Leaving Certificate, 1937
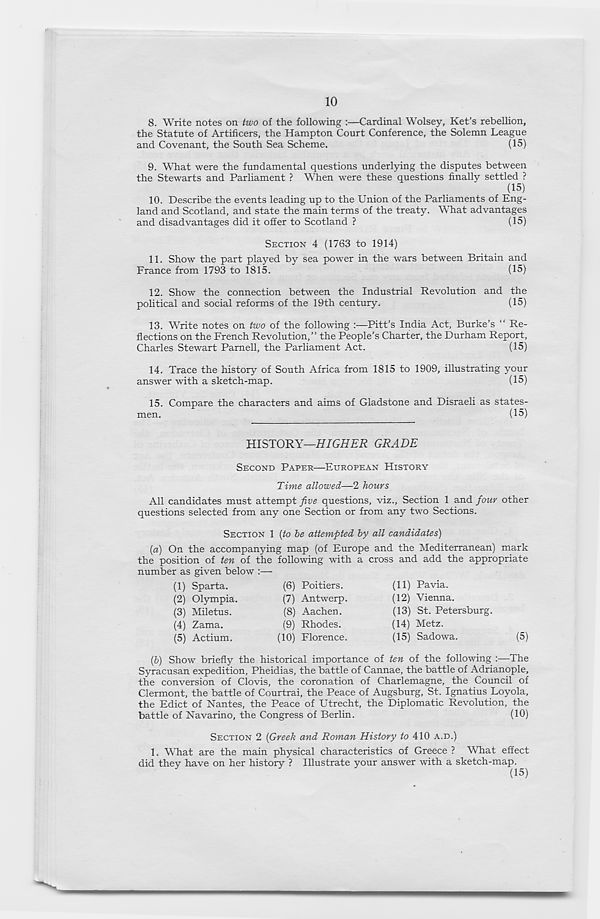
10
8. Write notes on two of the following :—Cardinal Wolsey, Ket’s rebellion,
the Statute of Artificers, the Hampton Court Conference, the Solemn League
and Covenant, the South Sea Scheme.
(15)
9. What were the fundamental questions underlying the disputes between
the Stewarts and Parliament ? When were these questions finally settled ?
(15)
10. Describe the events leading up to the Union of the Parliaments of Eng-
land and Scotland, and state the main terms of the treaty. What advantages
and disadvantages did it offer to Scotland ?
(15)
SECTION 4 (1763 to 1914)
11. Show the part played by sea power in the wars between Britain and
France from 1793 to 1815.
(15)
12. Show the connection between the Industrial Revolution and the
political and social reforms of the 19th century.
(15)
13. Write notes on two of the following :—Pitt’s India Act, Burke’s “ Re-
flections on the French Revolution,” the People’s Charter, the Durham Report,
Charles Stewart Parnell, the Parliament Act.
(15)
14. Trace the history of South Africa from 1815 to 1909, illustrating your
answer with a sketch-map.
(15)
15. Compare the characters and aims of Gladstone and Disraeli as states-
men.
(15)
HISTORY—HIGHER GRADE
SECOND PAPER—EUROPEAN HISTORY
Time allowed—2 hours
All candidates must attempt five questions, viz., Section 1 and four other
questions selected from any one Section or from any two Sections.
SECTION 1 {to he attempted by all candidates)
(a) On the accompanying map (of Europe and the Mediterranean) mark
the position of ten of the following with a cross and add the appropriate
number as given below
(1) Sparta.
(2) Olympia.
(3) Miletus.
(4) Zama.
(5) Actium.
(6) Poitiers.
(7) Antwerp.
(8) Aachen.
(9) Rhodes.
(10)
F
(11) Pavia.
(12) Vienna.
(13) St. Petersburg.
(14) Metz.
(15) Sadowa.
(5)
(6) Show briefly the historical importance of ten of the following :—The
Syracusan expedition, Pheidias, the battle of Cannae, the battle of Adrianople,
the conversion of Clovis, the coronation of Charlemagne, the Council of
Clermont, the battle of Courtrai, the Peace of Augsburg, St. Ignatius Loyola,
the Edict of Nantes, the Peace of Utrecht, the Diplomatic Revolution, the
battle of Navarino, the Congress of Berlin.
(10)
SECTION 2 {Greek and Roman History to 410 A.D.)
1. What are the main physical characteristics of Greece ? What effect
did they have on her history ? Illustrate your answer with a sketch-map.
(15)